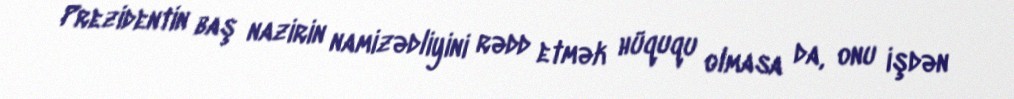
Prezidentin baş nazirin namizədliyini rədd etmək hüququ olmasa da, onu işdən